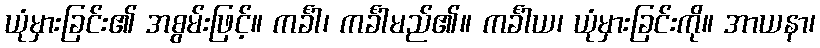
ယုံမှားခြင်း၏ အစွမ်းဖြင့်။ ကင်္ခါ၊ ကင်္ခါမည်၏။ ကင်္ခါယ၊ ယုံမှားခြင်းကို။ အာယနာ၊